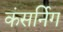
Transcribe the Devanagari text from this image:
कंसर्निग